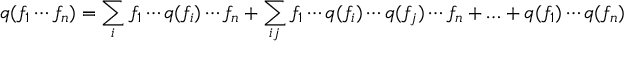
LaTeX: q ( f _ { 1 } \cdots f _ { n } ) = \sum _ { i } f _ { 1 } \cdots q ( f _ { i } ) \cdots f _ { n } + \sum _ { i j } f _ { 1 } \cdots q ( f _ { i } ) \cdots q ( f _ { j } ) \cdots f _ { n } + \ldots + q ( f _ { 1 } ) \cdots q ( f _ { n } )